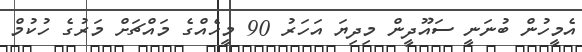
އެމީހުން ބުނަނީ ސައޫދީން މިދިޔަ އަހަރު 90 މީހެއްގެ މައްޗަށް މަރުގެ ހުކުމް